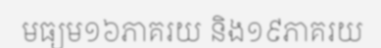
មធ្យម១៦ភាគរយ និង១៩ភាគរយ